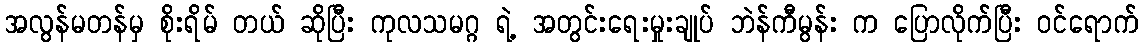
အလွန်မတန်မှ စိုးရိမ် တယ် ဆိုပြီး ကုလသမဂ္ဂ ရဲ့ အတွင်းရေးမှုးချုပ် ဘဲန်ကီမွန်း က ပြောလိုက်ပြီး ဝင်ရောက်